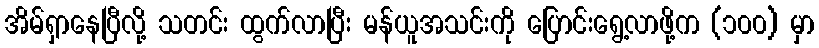
အိမ်ရှာနေပြီလို့ သတင်း ထွက်လာပြီး မန်ယူအသင်းကို ပြောင်းရွေ့လာဖို့က (၁၀၀) မှာ